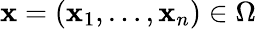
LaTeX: \mathbf{x}=(\mathbf{x}_{1},\ldots,\mathbf{x}_{n})\in\Omega